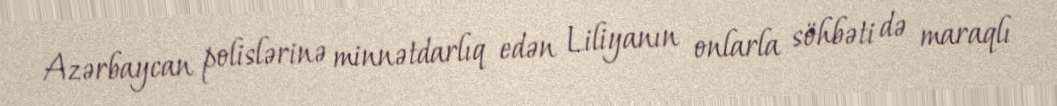
Azərbaycan polislərinə minnətdarlıq edən Liliyanın onlarla söhbəti də maraqlı